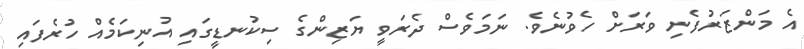
އެ މަންޒަރުފެނި ވަރަށް ހެވުނެވެ. ނަމަވެސް ދެރަވީ ޔަޒިންގެ ސިކުނޑީގައި އުނިކަމެއް ހުރެފައި